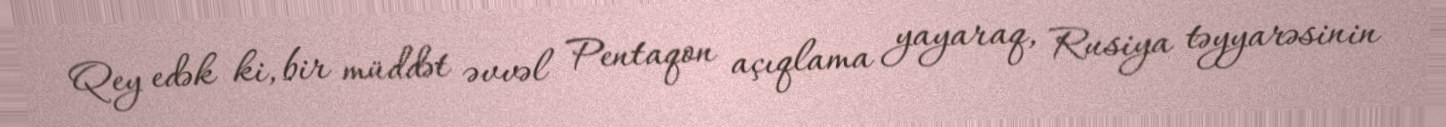
Qey edək ki, bir müddət əvvəl Pentaqon açıqlama yayaraq, Rusiya təyyarəsinin